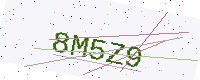
Text: 8M5Z9